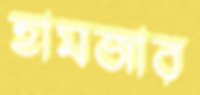
হামজার